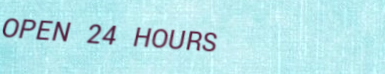
OPEN 24 HOURS